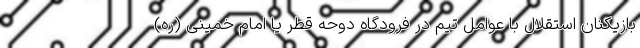
بازیکنان استقلال با عوامل تیم در فرودگاه دوحه قطر یا امام خمینی (ره)